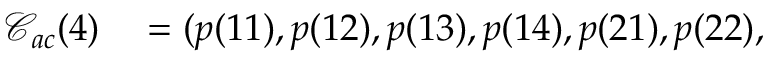
\begin{array} { r l } { \mathcal { C } _ { a c } ( 4 ) } & { { } = ( p ( 1 1 ) , p ( 1 2 ) , p ( 1 3 ) , p ( 1 4 ) , p ( 2 1 ) , p ( 2 2 ) , } \end{array}